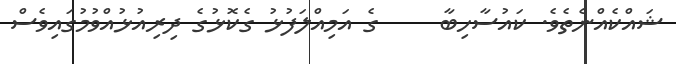
ޝައްކެއްނެތެވެ. ކައުސާހިބާ     ގެ އަމިއްލަފުޅު ގެކޮޅުގެ ދިރިއުޅުއްވުމުގައިވެސް